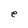
Character: e